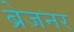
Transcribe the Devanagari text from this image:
ब्रेजनर